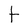
Character: F